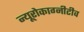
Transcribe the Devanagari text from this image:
न्यूरोकाग्नीटीव